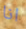
انا